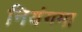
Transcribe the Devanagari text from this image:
नियंगमा